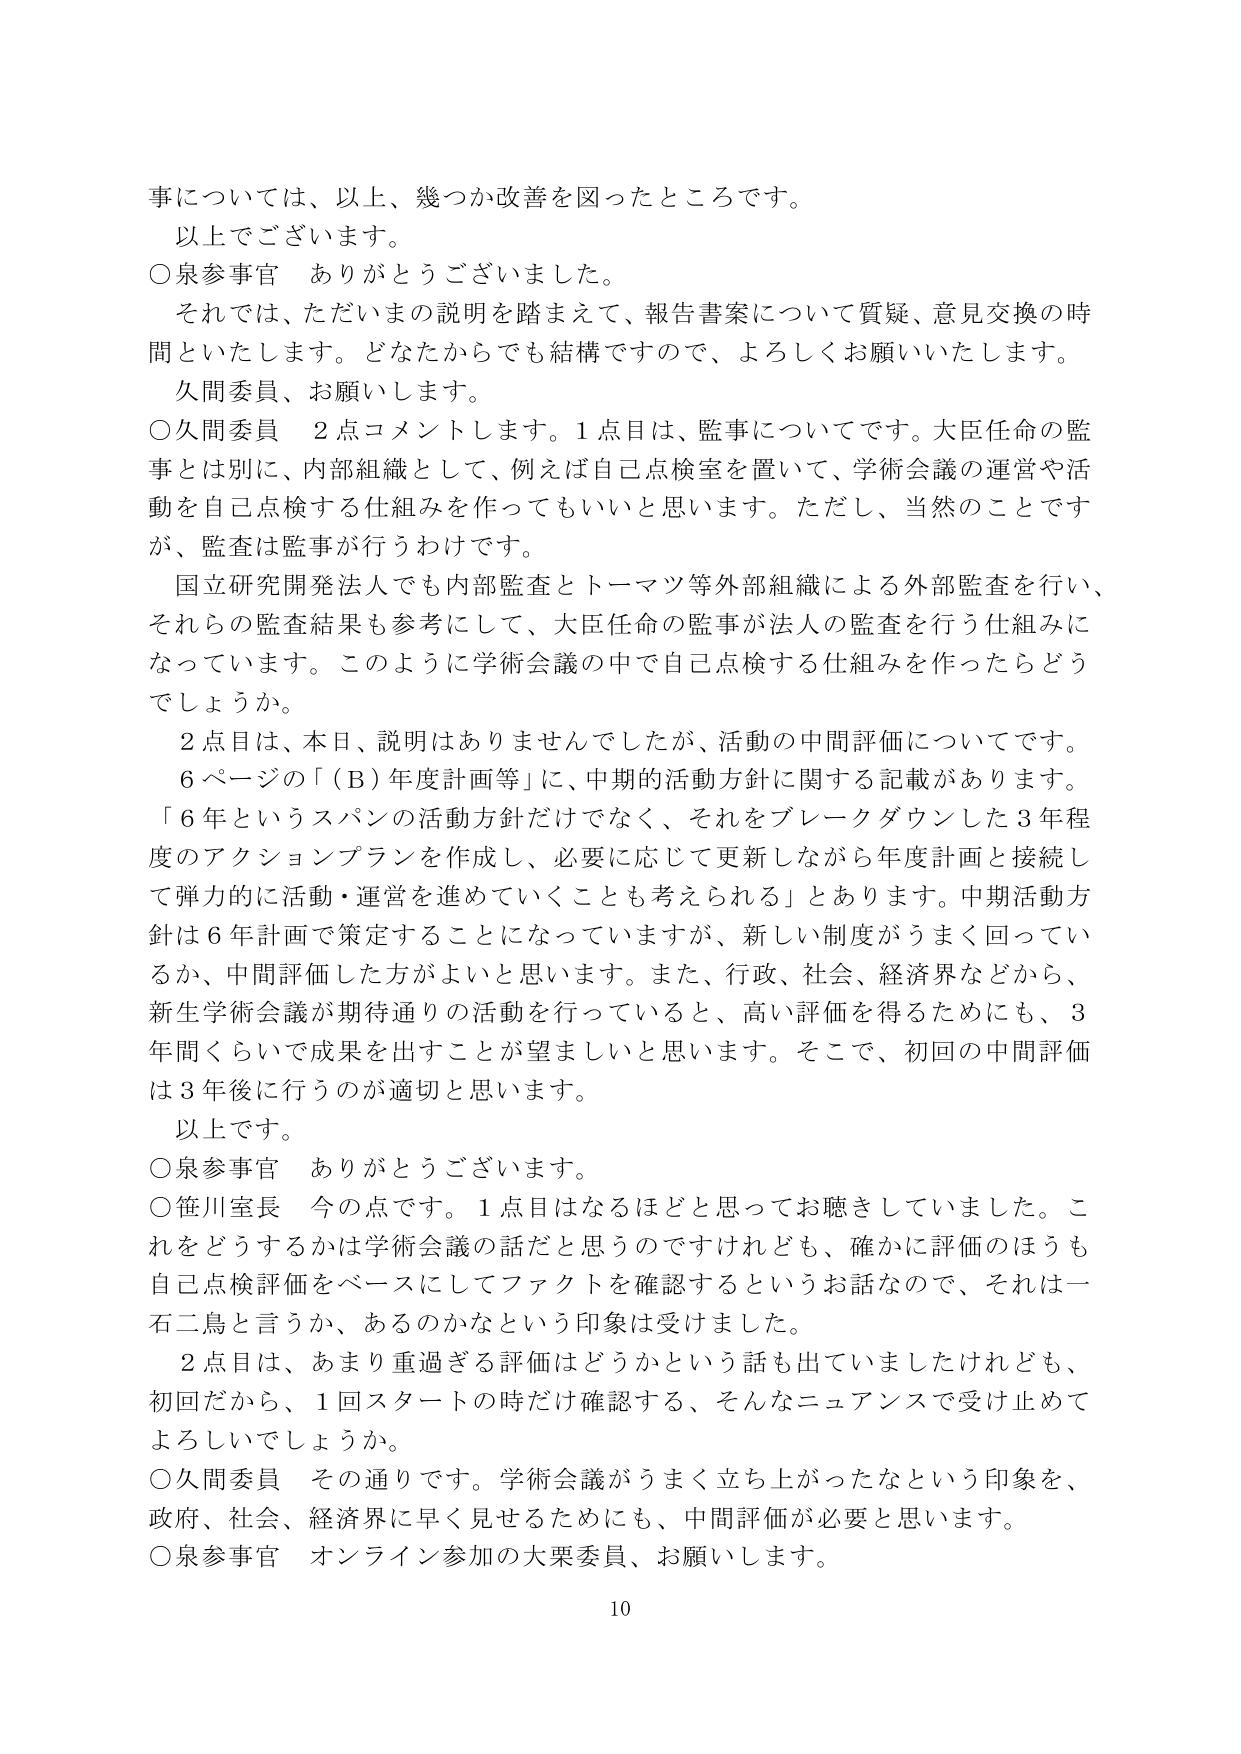
事については、以上、幾つか改善を図ったところです。
以上でございます。
○泉参事官　ありがとうございます。
それでは、ただいまの説明を踏まえて、報告書案について質疑、意見交換の時間といたします。どなたからでも結構ですので、よろしくお願いいたします。
久間委員、お願いします。
○久間委員　2点コメントします。1点目は、監事についてです。大臣任命の監事とは別に、内部組織として、例えば自己点検室を置いて、学術会議の運営や活動を自己点検する仕組みを作ってもいいと思います。ただし、当然のことですが、監査は監事が行うわけです。
国立研究開発法人でも内部監査とトーマツ等外部組織による外部監査を行い、それらの監査結果も参考にして、大臣任命の監事が法人の監査を行う仕組みになっています。このように学術会議の中で自己点検する仕組みを作ったらどうでしょうか。
2点目は、本日、説明はありませんでしたが、活動の中間評価についてです。
6ページの「（B）年度計画等」に、中期的活動方針に関する記載があります。「6年というスパンの活動方針だけでなく、それをブレークダウンした3年程度のアクションプランを作成し、必要に応じて更新しながら年度計画と接続して弾力的に活動・運営を進めていくことも考えられる」とあります。中期活動方針は6年計画で策定することになっていますが、新しい制度がうまく回っているか、中間評価した方がよいと思います。また、行政、社会、経済界などから、新生学術会議が期待通りの活動を行っていると、高い評価を得るためにも、3年間くらいで成果を出すことが望ましいと思います。そこで、初回の中間評価は3年後に行うのが適切と思います。
以上です。
○泉参事官　ありがとうございます。
○笹川室長　今の点です。1点目はなるほどと思ってお聴きしていました。これをどうするかは学術会議の話だと思うのですけれども、確かに評価のほうも自己点検評価をベースにしてファクトを確認するというお話なので、それは一石二鳥と言うか、あるのかなという印象は受けました。
2点目は、あまり重過ぎる評価はどうかという話も出ていましたけれども、初回だから、1回スタートの時だけ確認する、そんなニュアンスで受け止めてよろしいでしょうか。
○久間委員　その通りです。学術会議がうまく立ち上がったなという印象を、政府、社会、経済界に早く見せるためにも、中間評価が必要と思います。
○泉参事官　オンライン参加の大栗委員、お願いします。
10